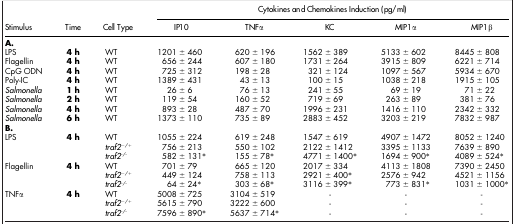
<table><thead><tr><td><b> </b></td><td><b> </b></td><td><b> </b></td><td colspan="5"><b>Cytokines and Chemokines Induction (pg/ml)</b></td></tr><tr><td><b>Stimulus</b></td><td><b>Time</b></td><td><b>Cell Type</b></td><td><b>IP10</b></td><td><b>TNFα</b></td><td><b>KC</b></td><td><b>MIP1α</b></td><td><b>MIP1β</b></td></tr></thead><tbody><tr><td><b>A.</b></td><td> </td><td> </td><td> </td><td> </td><td> </td><td> </td><td> </td></tr><tr><td>LPS</td><td><b>4 h</b></td><td>WT</td><td>1201 ± 460</td><td>620 ± 196</td><td>1562 ± 389</td><td>5133 ± 602</td><td>8445 ± 808</td></tr><tr><td>Flagellin</td><td><b>4 h</b></td><td>WT</td><td>656 ± 244</td><td>607 ± 180</td><td>1731 ± 264</td><td>3915 ± 809</td><td>6221 ± 714</td></tr><tr><td>CpG ODN</td><td><b>4 h</b></td><td>WT</td><td>725 ± 312</td><td>198 ± 28</td><td>321 ± 124</td><td>1097 ± 567</td><td>5934 ± 670</td></tr><tr><td>Poly-IC</td><td><b>4 h</b></td><td>WT</td><td>1389 ± 431</td><td>43 ± 13</td><td>100 ± 15</td><td>1038 ± 218</td><td>1915 ± 105</td></tr><tr><td><i>Salmonella</i></td><td><b>1 h</b></td><td>WT</td><td>26 ± 6</td><td>76 ± 13</td><td>241 ± 55</td><td>69 ± 19</td><td>71 ± 22</td></tr><tr><td><i>Salmonella</i></td><td><b>2 h</b></td><td>WT</td><td>119 ± 54</td><td>160 ± 52</td><td>719 ± 69</td><td>263 ± 89</td><td>381 ± 76</td></tr><tr><td><i>Salmonella</i></td><td><b>4 h</b></td><td>WT</td><td>893 ± 28</td><td>487 ± 70</td><td>1996 ± 231</td><td>1416 ± 110</td><td>2342 ± 332</td></tr><tr><td><i>Salmonella</i></td><td><b>6 h</b></td><td>WT</td><td>1373 ± 110</td><td>735 ± 89</td><td>2883 ± 452</td><td>3203 ± 219</td><td>7832 ± 987</td></tr><tr><td><b>B.</b></td><td> </td><td> </td><td> </td><td> </td><td> </td><td> </td><td> </td></tr><tr><td>LPS</td><td><b>4 h</b></td><td>WT</td><td>1055 ± 224</td><td>619 ± 248</td><td>1547 ± 619</td><td>4907 ± 1472</td><td>8052 ± 1240</td></tr><tr><td> </td><td> </td><td><i>traf2<sup>−/+</sup></i></td><td>756 ± 213</td><td>550 ± 102</td><td>2122 ± 1412</td><td>3395 ± 1133</td><td>7639 ± 890</td></tr><tr><td> </td><td> </td><td><i>traf2<sup>-/-</sup></i></td><td>582 ± 131*</td><td>155 ± 78*</td><td>4771 ± 1400*</td><td>1694 ± 900*</td><td>4089 ± 524*</td></tr><tr><td>Flagellin</td><td><b>4 h</b></td><td>WT</td><td>701 ± 79</td><td>665 ± 120</td><td>2017 ± 334</td><td>4113 ± 1808</td><td>7390 ± 2450</td></tr><tr><td> </td><td> </td><td><i>traf2<sup>−/+</sup></i></td><td>449 ± 124</td><td>758 ± 113</td><td>2921 ± 400*</td><td>2576 ± 942</td><td>4521 ± 1156</td></tr><tr><td> </td><td> </td><td><i>traf2<sup>-/-</sup></i></td><td>64 ± 24*</td><td>303 ± 68*</td><td>3116 ± 399*</td><td>773 ± 831*</td><td>1031 ± 1000*</td></tr><tr><td>TNFα</td><td><b>4 h</b></td><td>WT</td><td>5008 ± 725</td><td>3104 ± 519</td><td>-</td><td>-</td><td>-</td></tr><tr><td> </td><td> </td><td><i>traf2<sup>−/+</sup></i></td><td>5615 ± 790</td><td>3222 ± 600</td><td>-</td><td>-</td><td>-</td></tr><tr><td> </td><td> </td><td><i>traf2<sup>-/-</sup></i></td><td>7596 ± 890*</td><td>5637 ± 714*</td><td>-</td><td>-</td><td>-</td></tr></tbody></table>